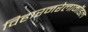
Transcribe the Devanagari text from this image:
विहारनरेलामॉडल